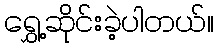
ရွှေ့ဆိုင်းခဲ့ပါတယ်။